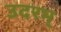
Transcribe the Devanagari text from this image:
उदरम्‌